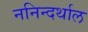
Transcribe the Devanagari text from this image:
ननिन्दर्थाल